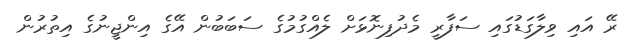
ރޭ އައި ވިލާގަޑުގައި ސަފާރީ މެދުފިނޮޅަށް ލެއްގުމުގެ ސަބަބުން އޭގެ އިންޖީނުގެ އިތުރުން